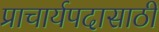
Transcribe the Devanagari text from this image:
प्राचार्यपदासाठी